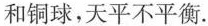
和铜球，天平不平衡.